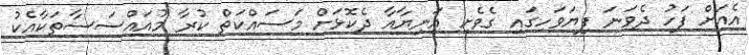
އެއަށް ފަހު ދެވަނަ ފިޔަވަހިގައި ގެވެށި އަނިޔާއާ ދެކޮޅަށް މަސައްކަތް ކުރާ މުއައްސަސާތަކާއެކު